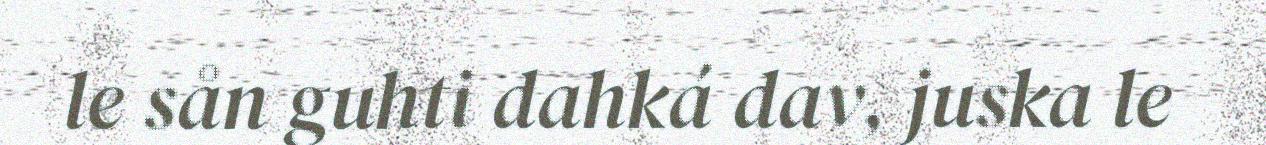
le sån guhti dahká dav, juska le